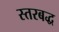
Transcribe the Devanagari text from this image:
स्तरबद्ध